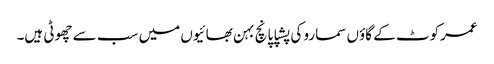
عمرکوٹ کے گاؤں سمارو کی پشپا پانچ بہن بھائیوں میں سب سے چھوٹی ہیں۔